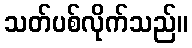
သတ်ပစ်လိုက်သည်။